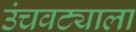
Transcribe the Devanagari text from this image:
उंचवट्याला